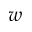
w